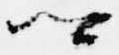
卿